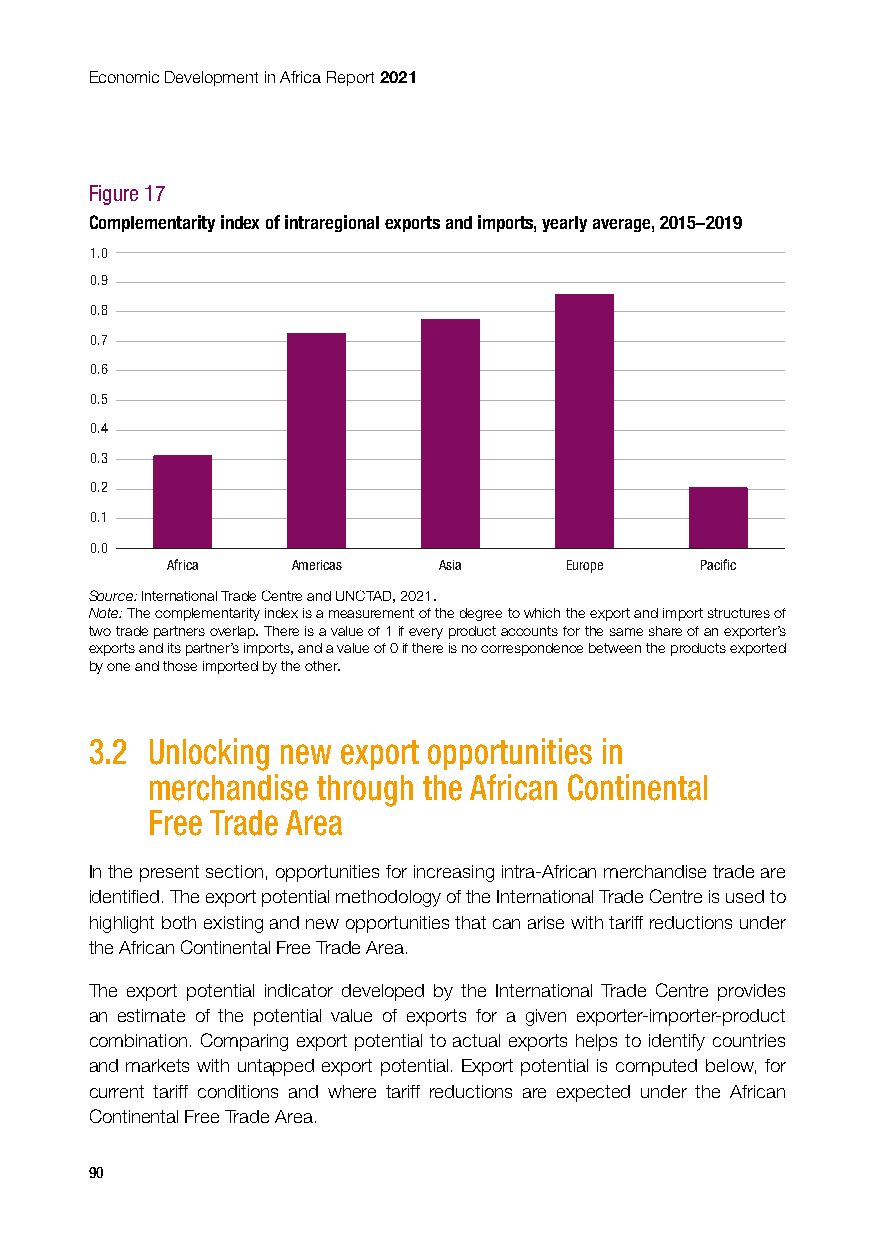
Economic Development in Africa Report 2021
 Figure 17
 Complementarity index of intraregional exports and imports, yearly average, 2015–2019
 1.0
 0.9
 0.8
 0.7
 0.6
 0.5
 0.4
 0.3
 0.2
 0.1
 0.0
 Africa  Americas  Asia    Europe   Pacific
 Source: International Trade Centre and UNCTAD, 2021.
 Note: The complementarity index is a measurement of the degree to which the export and import structures of
 two trade partners overlap. There is a value of 1 if every product accounts for the same share of an exporter’s
 exports and its partner’s imports, and a value of 0 if there is no correspondence between the products exported
 by one and those imported by the other.
 3.2 Unlocking new export opportunities in
 merchandise through the African Continental
 Free Trade Area
 In the present section, opportunities for increasing intra-African merchandise trade are
 identified. The export potential methodology of the International Trade Centre is used to
 highlight both existing and new opportunities that can arise with tariff reductions under
 the African Continental Free Trade Area.
 The export potential indicator developed by the International Trade Centre provides
 an estimate of the potential value of exports for a given exporter-importer-product
 combination. Comparing export potential to actual exports helps to identify countries
 and markets with untapped export potential. Export potential is computed below, for
 current tariff conditions and where tariff reductions are expected under the African
 Continental Free Trade Area.
 90